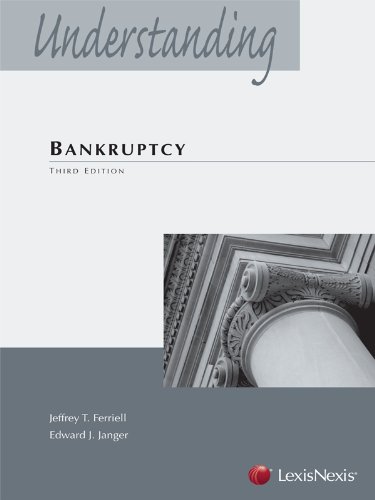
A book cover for Understanding Bankruptcy (2013) (Understanding (LexisNexis)); Jeffrey T. Ferriell; Law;